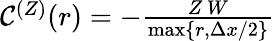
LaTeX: \begin{array}{r}{\mathcal{C}^{(Z)}(r)=-\frac{Z\, W}{\mathrm{max}\{ r,\Delta x/2\} }}\end{array}